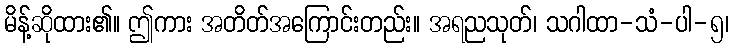
မိန့်ဆိုထား၏။ ဤကား အတိတ်အကြောင်းတည်း။ အရညသုတ်၊ သဂါထာ-သံ-ပါ-၅၊